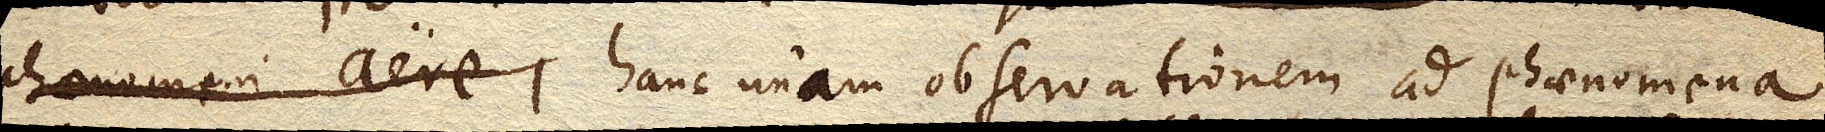
phaenomeni aere,hanc unam observationem ad phaenomena